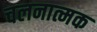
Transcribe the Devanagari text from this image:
चलनात्मक